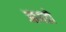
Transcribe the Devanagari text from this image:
आयडो